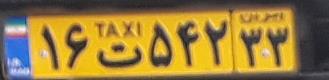
۱۶ت۵۴۲۳۳